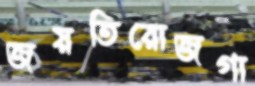
জয়তিরোজগা